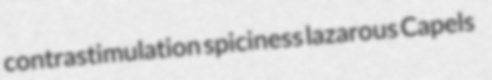
contrastimulation spiciness lazarous Capels